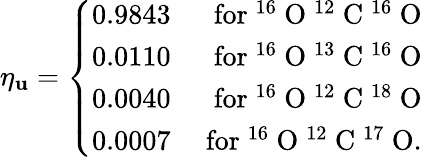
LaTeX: \eta_{\mathbf{u}}=\left\{ \begin{array}{rr}{0.9843}&{\mathrm{~for~^{16}~O~^{12}~C~^{16}~O}}\\ {0.0110}&{\mathrm{~for~^{16}~O~^{13}~C~^{16}~O}}\\ {0.0040}&{\mathrm{~for~^{16}~O~^{12}~C~^{18}~O}}\\ {0.0007}&{\mathrm{~for~^{16}~O~^{12}~C~^{17}~O}.}\end{array}\right.